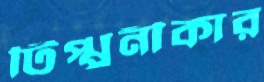
টিপ্পনীকার